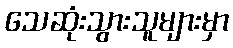
သေဆုံးသွားသူများမှာ